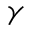
\gamma